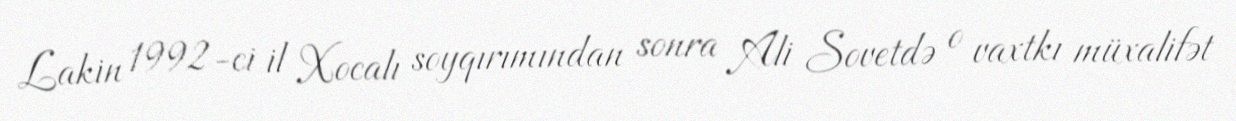
Lakin 1992-ci il Xocalı soyqırımından sonra Ali Sovetdə o vaxtkı müxalifət